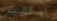
الكثير